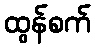
ထွန်စက်